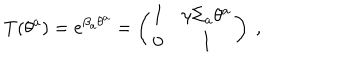
T ( \theta ^ { a } ) = e ^ { \beta _ { a } \theta ^ { a } } = \left( \begin{matrix} { { I } } & { { \gamma \Sigma _ { a } \theta ^ { a } } } \\ { { 0 } } & { { I } } \\ \end{matrix} \right) ~ ,